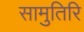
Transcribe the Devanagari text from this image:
सामुतिरि